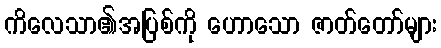
ကိလေသာ၏အပြစ်ကို ဟောသော ဇာတ်တော်များ